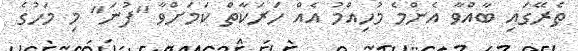
ތެރޭގައި ބާއްވާ އެންމެ މުހިއްމު އެއް ހަރަކާތް ކަމަށްވާ "ފުނަ" މި މަހުގެ